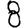
Digit: 8